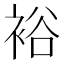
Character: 裕